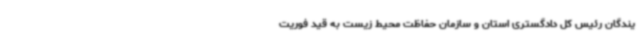
یندگان رئیس کل دادگستری استان و سازمان حفاظت محیط زیست به قید فوریت